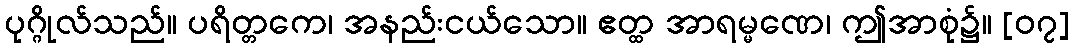
ပုဂ္ဂိုလ်သည်။ ပရိတ္တကေ၊ အနည်းငယ်သော။ ဧတ္ထ အာရမ္မဏေ၊ ဤအာစုံ၌။ [၀၇]